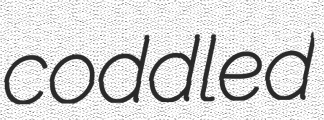
coddled